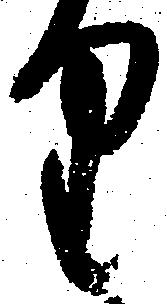
り